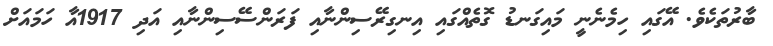
ބާރުތަކެވެ. އޭގައި ހިމެނެނީ މައިގަނޑު ގޮތެއްގައި އިނގިރޭސިންނާއި ފަރަންސޭސިންނާއި އަދި 1917އާ ހަމައަށް